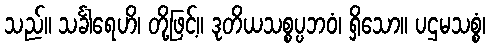
သည်။ သင်္ခါရေဟိ၊ တို့ဖြင့်။ ဒုတိယသစ္စပ္ပဘဝံ၊ ရှိသော။ ပဌမသစ္စံ၊